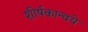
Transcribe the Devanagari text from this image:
शीर्षकान्वये